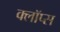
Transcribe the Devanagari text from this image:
क्लॉप्स